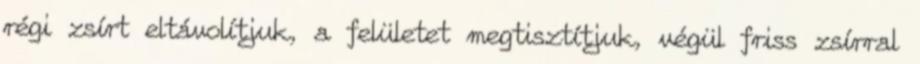
régi zsírt eltávolítjuk, a felületet megtisztítjuk, végül friss zsírral